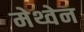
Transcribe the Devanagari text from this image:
मेथ्वेन